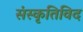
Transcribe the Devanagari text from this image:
संस्कृतिविद